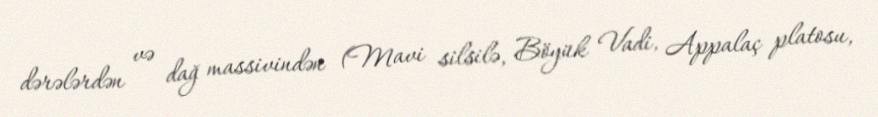
dərələrdən və dağ massivindən (Mavi silsilə, Böyük Vadi, Appalaç platosu,